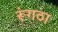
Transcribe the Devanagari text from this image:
रूंगठा